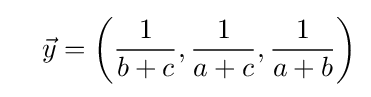
\quad {\vec {y}}=\left({\frac {1}{b+c}},{\frac {1}{a+c}},{\frac {1}{a+b}}\right)